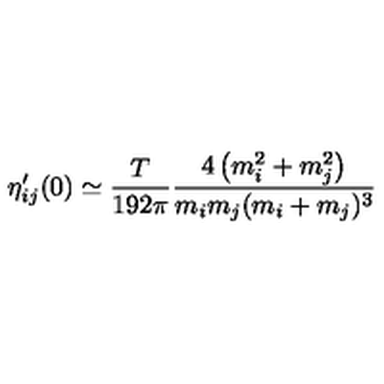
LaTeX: \eta _ { i j } ^ { \prime } ( 0 ) \simeq { \frac { T } { 1 9 2 \pi } } { \frac { 4 \left( m _ { i } ^ { 2 } + m _ { j } ^ { 2 } \right) } { m _ { i } m _ { j } ( m _ { i } + m _ { j } ) ^ { 3 } } }